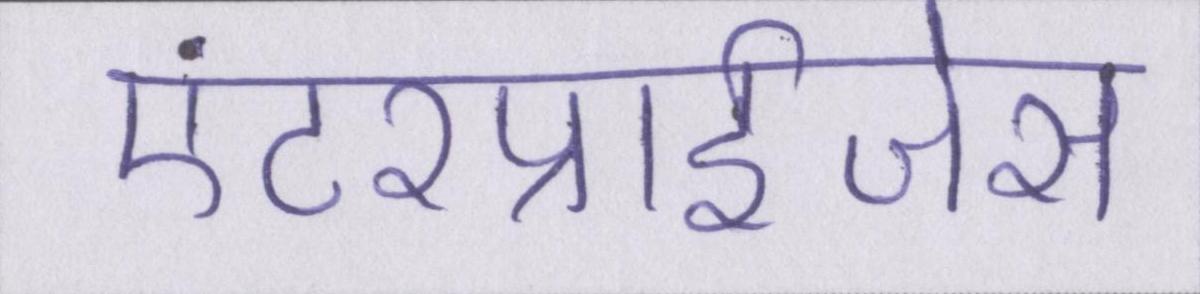
एंटरप्राईजेस